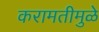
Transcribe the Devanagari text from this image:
करामतीमुळे